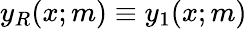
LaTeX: y_{R}(x;m)\equiv y_{1}(x;m)